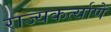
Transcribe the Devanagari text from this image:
राज्यकर्त्याणे